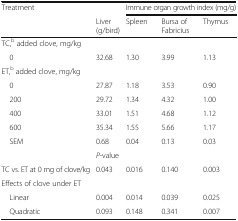
| <ROWSPAN=2> Treatment |  | <COLSPAN=3> Immune organ growth index (mg/g) |
 | Liver (g/bird) | Spleen | Bursa of Fabricius | Thymus |
 | --- | --- | --- | --- | --- |
 | <COLSPAN=5> TC,b added clove, mg/kg |
 | 0 | 32.68 | 1.30 | 3.99 | 1.13 |
 | <COLSPAN=5> ET,b added clove, mg/kg |
 | 0 | 27.87 | 1.18 | 3.53 | 0.90 |
 | 200 | 29.72 | 1.34 | 4.32 | 1.00 |
 | 400 | 33.01 | 1.51 | 4.68 | 1.12 |
 | 600 | 35.34 | 1.55 | 5.66 | 1.17 |
 | SEM | 0.68 | 0.04 | 0.13 | 0.03 |
 |  | <COLSPAN=4> P-value |
 | TC vs. ET at 0 mg of clove/kg | 0.043 | 0.016 | 0.140 | 0.003 |
 | <COLSPAN=5> Effects of clove under ET |
 | Linear | 0.004 | 0.014 | 0.039 | 0.025 |
 | Quadratic | 0.093 | 0.148 | 0.341 | 0.007 |